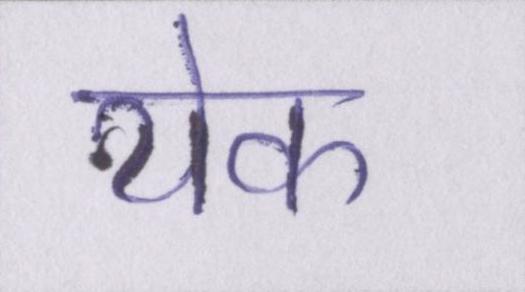
येक